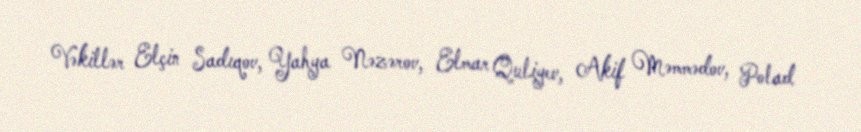
Vəkillər Elçin Sadıqov, Yahya Nəzərov, Elmar Quliyev, Akif Məmmədov, Polad